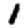
Digit: 1